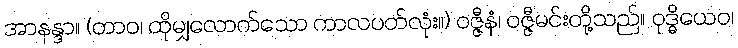
အာနန္ဒာ။ (တာဝ၊ ထိုမျှလောက်သော ကာလပတ်လုံး။) ဝဇ္ဇီနံ၊ ဝဇ္ဇီမင်းတို့သည်။ ဝုဒ္ဓိယေဝ၊